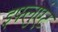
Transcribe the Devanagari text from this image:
इफ्लुएंट